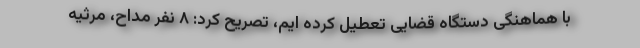
با هماهنگی دستگاه قضایی تعطیل کرده ایم، تصریح کرد: ۸ نفر مداح، مرثیه